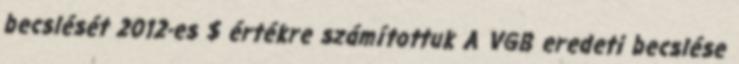
becslését 2012-es $ értékre számítottuk A VGB eredeti becslése